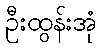
ဦးထွန်းအုံ